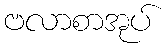
ဗလာစာအုပ်